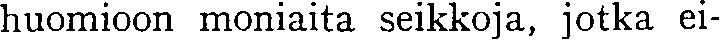
huomioon moniaita seikkoja, jotka ei-